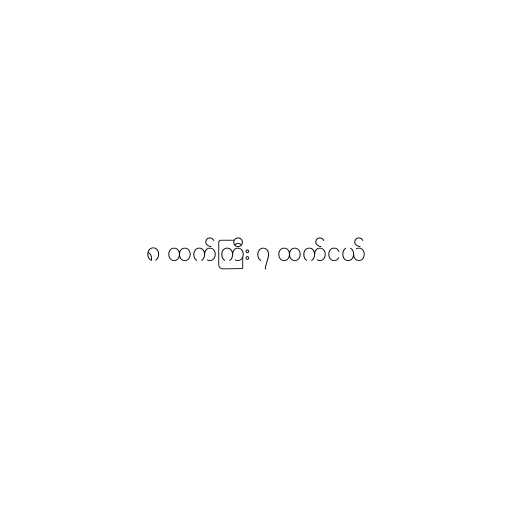
၈ ထက်ကြီး ၇ ထက်ငယ်